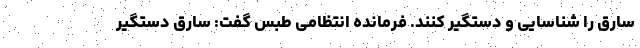
سارق را شناسایی و دستگیر کنند. فرمانده انتظامی طبس گفت: سارق دستگیر